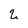
Character: 2